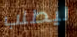
ليطلب